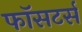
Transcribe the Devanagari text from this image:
फॉसटर्स